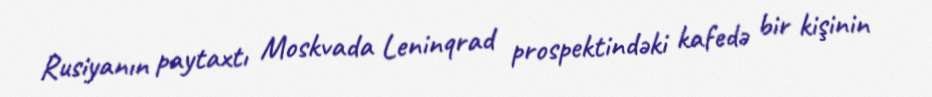
Rusiyanın paytaxtı Moskvada Leninqrad prospektindəki kafedə bir kişinin